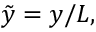
\tilde { y } = y / L ,